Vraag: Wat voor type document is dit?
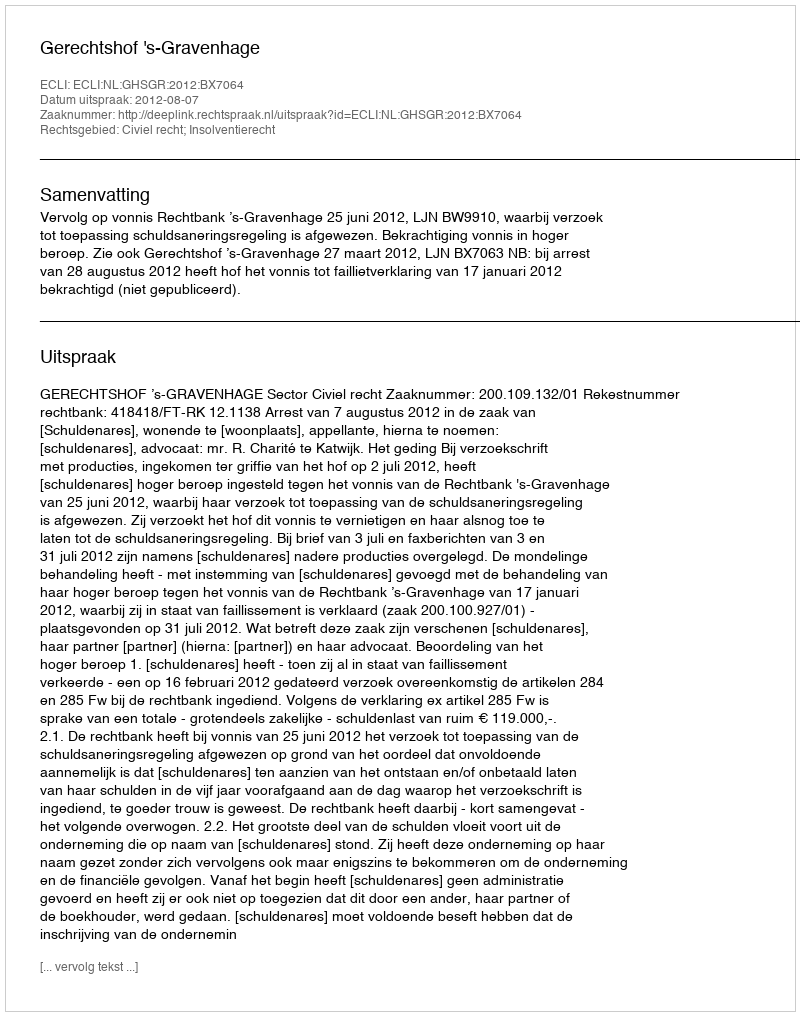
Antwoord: Uitspraak